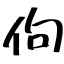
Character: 佝